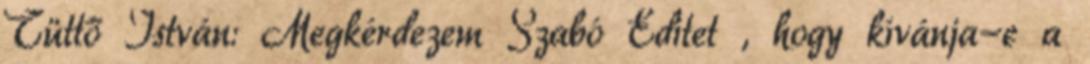
Tüttő István: Megkérdezem Szabó Editet , hogy kívánja-e a